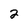
Character: 2